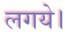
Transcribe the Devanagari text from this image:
लगये।